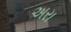
અરા